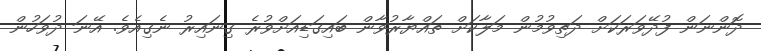
ދޮންނަން ފުދޭވަރަކަށް ދަތިވުމުން މަލާކަށް ތައްޔާރުވާން ބައިގަޑިއަށްވުރެ ގިނައިރު ނެގިއެވެ. އޭނަ ދުވަހުން